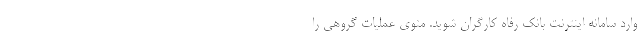
وارد سامانه اینترنت بانک رفاه کارگران شوید. منوی عملیات گروهی را